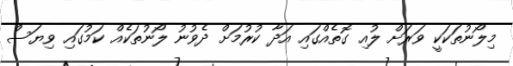
މިލޯނުތަކަކީ ވަރަށް ލުއި ގޮތެއްގައި އަދާ ކުރުމަށް ދެވުނު ލޯނުތަކެއް ކަމުގައި ވިޔަސް